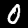
Digit: 0